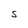
Character: S